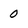
Character: 0